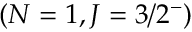
( N = 1 , J = 3 / 2 ^ { - } )